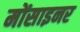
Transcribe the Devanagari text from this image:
मोंसाइनर